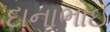
દાનાભાઇ